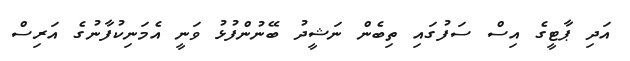
އަދި ޕާޓީގެ އިސް ސަފުގައި ތިބެން ނަޝީދު ބޭނުންފުޅު ވަނީ އެމަނިކުފާނުގެ އަރިސް